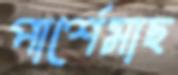
পার্শেমাছ